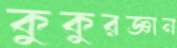
কুকুরজ্ঞান